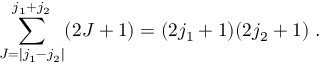
\sum _ { J = | j _ { 1 } - j _ { 2 } | } ^ { j _ { 1 } + j _ { 2 } } ( 2 J + 1 ) = ( 2 j _ { 1 } + 1 ) ( 2 j _ { 2 } + 1 ) ~ .